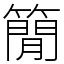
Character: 𥳑